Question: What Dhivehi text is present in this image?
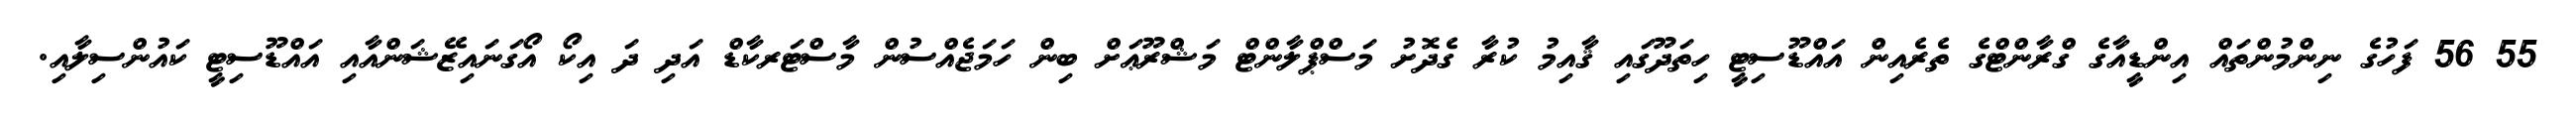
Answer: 55 56 ފަހުގެ ނިންމުންތައް އިންޑީއާގެ ގްރާންޓްގެ ތެރެއިން އައްޑޫސިޓީ ހިތަދޫގައި ޤާއިމު ކުރާ ގެދޮށު މަސްޕްލާންޓް މަޝްރޫޢަށް ބިން ހަމަޖެއްސުން މާސްޓަރކާޑް އަދި ދަ އިކޯ އޯގަނައިޒޭޝަންއާއި އައްޑޫސިޓީ ކައުންސިލާއި.